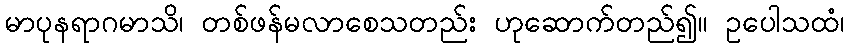
မာပုနရာဂမာသိ၊ တစ်ဖန်မလာစေသတည်း ဟုဆောက်တည်၍။ ဥပေါသထံ၊